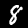
Label: 8